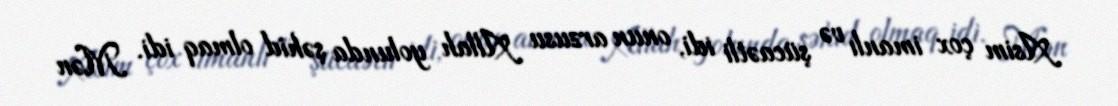
Asim çox imanlı və şücaətli idi, onun arzusu Allah yolunda şəhid olmaq idi. Mən